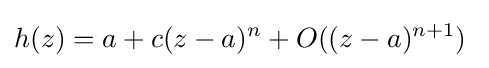
h(z)=a+c(z-a)^{n}+O((z-a)^{n+1})~